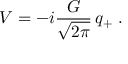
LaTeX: V = - i \frac { G } { \sqrt { 2 \pi } } \, q _ { + } \; .